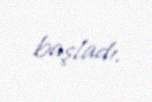
başladı.